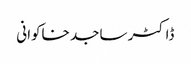
ڈاکٹر ساجد خاکوانی